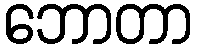
ဘောတာ